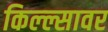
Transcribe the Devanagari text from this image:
किल्ल्सावर